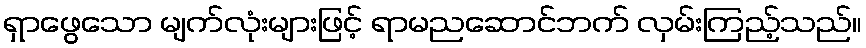
ရှာဖွေသော မျက်လုံးများဖြင့် ရာမညဆောင်ဘက် လှမ်းကြည့်သည်။